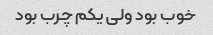
خوب بود ولی یکم چرب بود